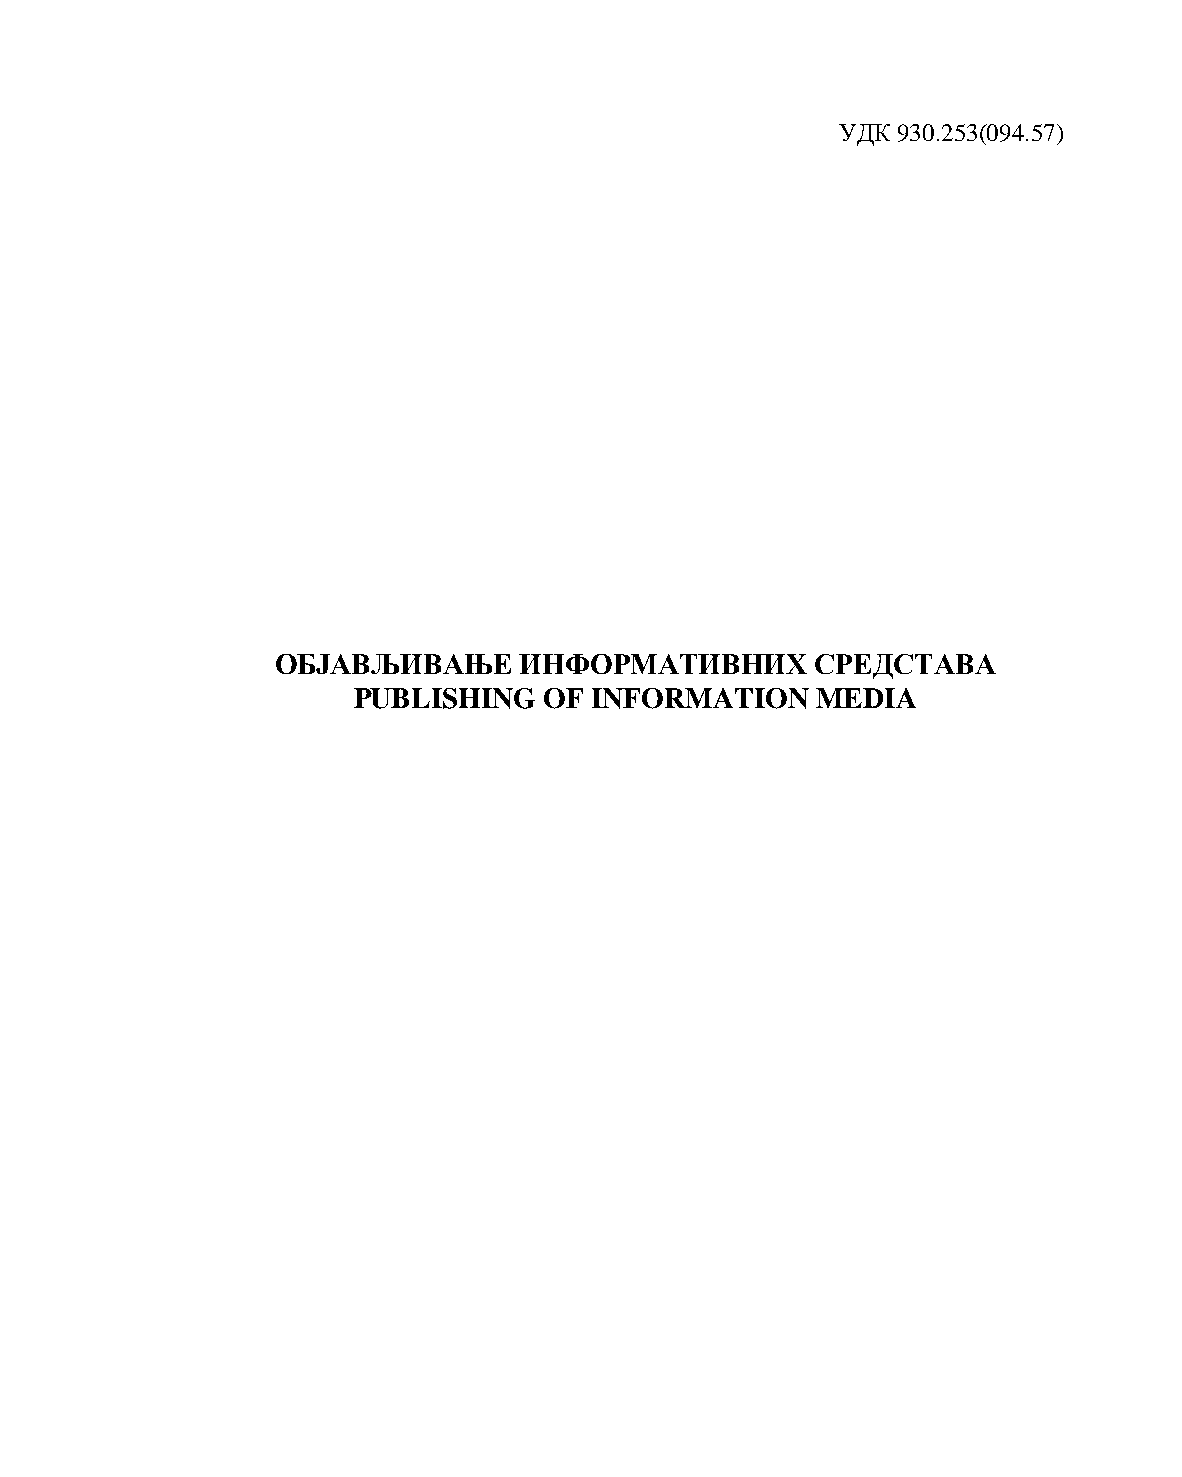
УДК 930.253(094.57)
 ОБЈАВЉИВАЊЕ     ИНФОРМАТИВНИХ       СРЕДСТАВА
 PUBLISHING   OF INFORMATION    MEDIA